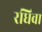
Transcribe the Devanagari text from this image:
रधिवा